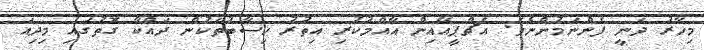
މިހާރު ދަނީ ފެންނަމުންނެވެ. އެޗްޕީއޭއިން އާއްމުކުރި އިތުރު ހިސާބުތަކުން ދައްކާ ގޮތުގައި މިދިއަ